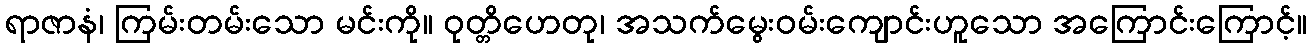
ရာဇာနံ၊ ကြမ်းတမ်းသော မင်းကို။ ဝုတ္တိဟေတု၊ အသက်မွေးဝမ်းကျောင်းဟူသော အကြောင်းကြောင့်။